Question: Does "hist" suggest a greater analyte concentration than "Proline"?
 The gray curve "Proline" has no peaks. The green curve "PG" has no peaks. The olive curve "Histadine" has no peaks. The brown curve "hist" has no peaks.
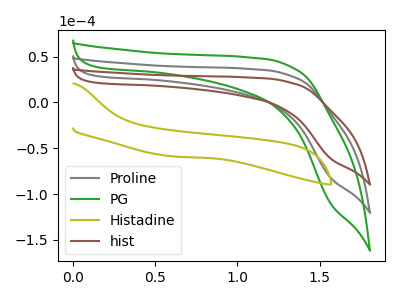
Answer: <think>Neither "hist" or "Proline" have any peaks.
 </think>
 <answer>I cant tell if "hist" or "Proline" has more signal.</answer>
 <eval>mixed_signal</eval>